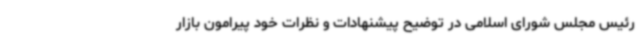
رئیس مجلس شورای اسلامی در توضیح پیشنهادات و نظرات خود پیرامون بازار